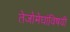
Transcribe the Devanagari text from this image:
तेजोमेघांविषयी